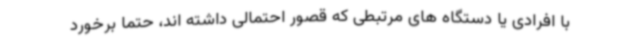
با افرادی یا دستگاه های مرتبطی که قصور احتمالی داشته اند، حتماً برخورد